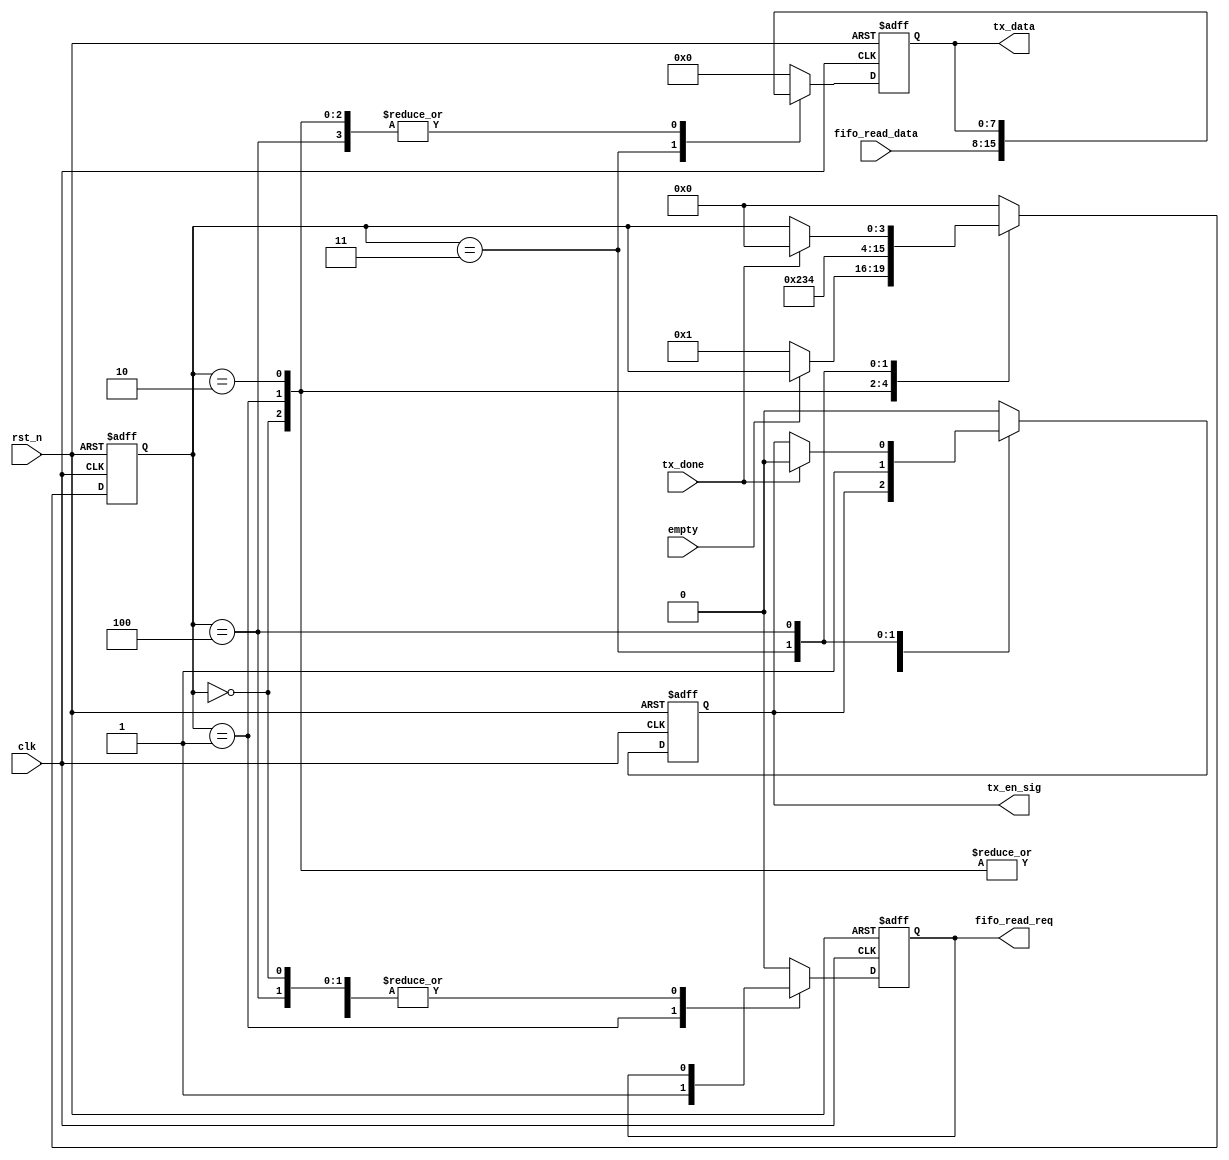


module tx_top_control
(
    clk,
    rst_n,
    fifo_read_req,
    fifo_read_data,
    empty,
    tx_en_sig,
    tx_done,
    tx_data
);

    input clk;
    input rst_n;
    
    output reg fifo_read_req;
    input [7:0] fifo_read_data;
    input empty;
    
    output reg tx_en_sig;
    input tx_done;
    output reg [7:0] tx_data;

    /*******************************/

    reg [3:0] i;
    
    always @(posedge clk or negedge rst_n)
    begin
        if(!rst_n)
        begin
            i <= 4'd0;
            fifo_read_req <= 1'b0;
            tx_en_sig <= 1'b0;
            tx_data <= 8'd0;
        end
        else
        begin
            case(i)
                
                0:
                if(!empty)
                begin
                    i <= 1;
                end
                
                1:
                begin
                    i <= 2;
                    fifo_read_req <= 1'b1;
                end
                
                2:
                begin
                    i <= 3;
                    fifo_read_req <= 1'b0;
                end
                
                3:
                begin
                    i <= 4;
                    tx_en_sig <= 1'b1;
                    tx_data <= fifo_read_data;
                end
                
                4:
                if(tx_done)
                begin
                    i <= 0;
                    tx_en_sig <= 1'b0;
                end
                
                default:
                begin
                    i <= 4'd0;
                    fifo_read_req <= 1'b0;
                    tx_en_sig <= 1'b0;
                    tx_data <= 8'd0;
                end
                
            endcase
        end
    end
    
    
endmodule